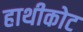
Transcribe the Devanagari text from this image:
हाथीकोट